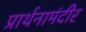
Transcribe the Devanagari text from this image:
प्रार्थनामंदीर